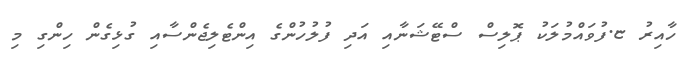
ހާއިރު ޏ.ފުުވައްމުލަކު ޕޮލިސް ސްޓޭޝަނާއި އަދި ފުލުހުންގެ އިންޓެލިޖެންސާއި ގުޅިގެން ހިންގި މި